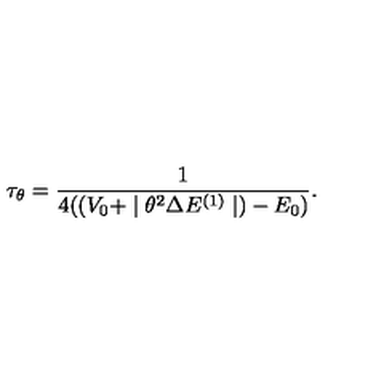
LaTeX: \tau _ { \theta } = \frac { 1 } { 4 ( ( V _ { 0 } + \mid \theta ^ { 2 } \Delta E ^ { ( 1 ) } \mid ) - E _ { 0 } ) } .